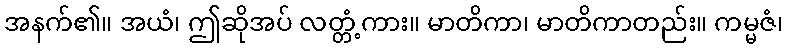
အနက်၏။ အယံ၊ ဤဆိုအပ် လတ္တံ့ကား။ မာတိကာ၊ မာတိကာတည်း။ ကမ္မဇံ၊